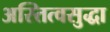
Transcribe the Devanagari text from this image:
अस्तित्वसुद्धा